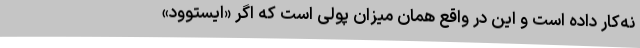
نه‌کار داده است و این در واقع همان میزان پولی است که اگر «ایستوود»